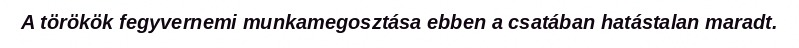
A törökök fegyvernemi munkamegosztása ebben a csatában hatástalan maradt.